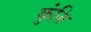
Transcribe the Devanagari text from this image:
कुंजि